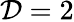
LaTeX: {\cal D}=2